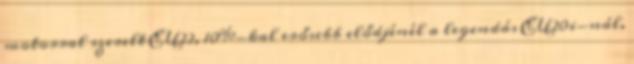
motorral szerelt EU22, 10%-kal erősebb elődjénél a legendás EU20i-nál.